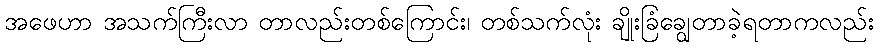
အဖေဟာ အသက်ကြီးလာ တာလည်းတစ်ကြောင်း၊ တစ်သက်လုံး ချိုးခြံချွေတာခဲ့ရတာကလည်း